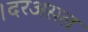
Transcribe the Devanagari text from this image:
।दरअसल